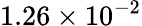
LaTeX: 1.26\times 10^{-2}